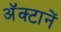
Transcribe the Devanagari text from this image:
अॅक्टानें